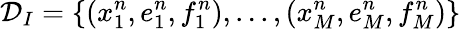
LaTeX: \mathcal{D}_{I}=\{ (x_{1}^{n},e_{1}^{n},f_{1}^{n}),...,(x_{M}^{n},e_{M}^{n},f_{M}^{n})\}